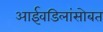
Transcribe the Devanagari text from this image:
आईवडिलांसोबत